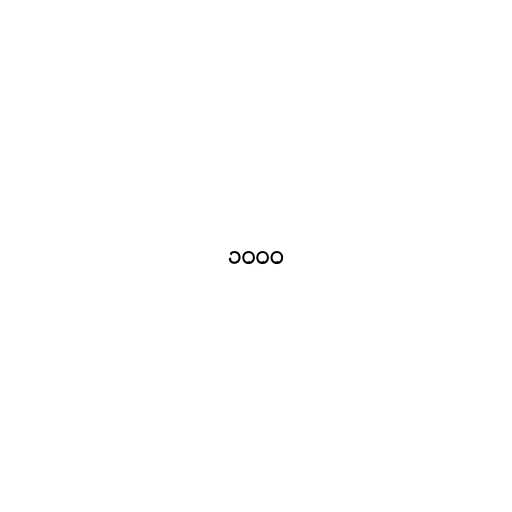
၁၀၀၀